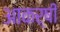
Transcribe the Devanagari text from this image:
आकर्षी